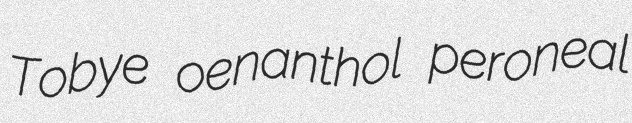
Tobye oenanthol peroneal